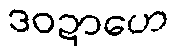
ဒဝဍာဟေ